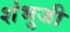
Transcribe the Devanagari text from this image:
शंभुजी